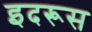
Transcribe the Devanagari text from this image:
इदरूस